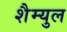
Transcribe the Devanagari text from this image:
शैम्युल